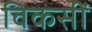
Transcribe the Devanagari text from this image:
विकसीं